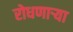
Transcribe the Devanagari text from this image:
रोधणाऱ्या